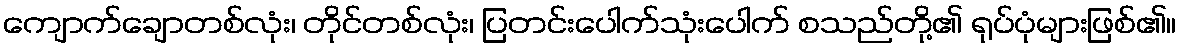
ကျောက်ချောတစ်လုံး၊ တိုင်တစ်လုံး၊ ပြတင်းပေါက်သုံးပေါက် စသည်တို့၏ ရုပ်ပုံများဖြစ်၏။